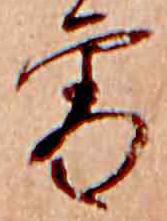
雪